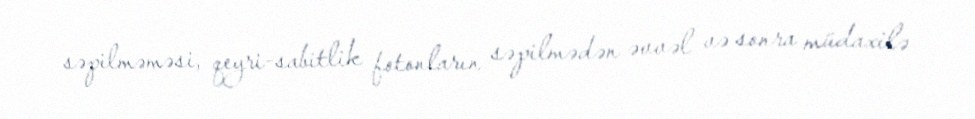
səpilməməsi, qeyri-sabitlik fotonların səpilmədən əvvəl və sonra müdaxilə